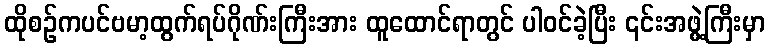
ထိုစဉ်ကပင်ဗမာ့ထွက်ရပ်ဂိုဏ်းကြီးအား ထူထောင်ရာတွင် ပါဝင်ခဲ့ပြီး ၎င်းအဖွဲ့ကြီးမှာ